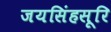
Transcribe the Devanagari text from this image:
जयसिंहसूरि